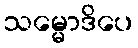
သမ္မောဒိပေ